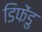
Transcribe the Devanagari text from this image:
डिफेंडु